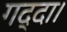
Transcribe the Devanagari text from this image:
गद्दा।